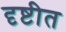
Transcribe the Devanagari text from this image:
दृष्टीत